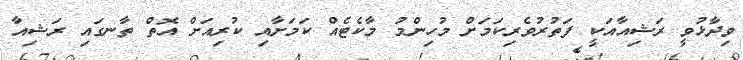
ވިދާޅުވީ ރަޝިއާއަކީ ފަތުރުވެރިކަމަށް މުހިންމު މާކެޓެއް ކަމަށާއި ކުރިއަށް އޮތް ތާނގައި ރަޝިއާ